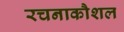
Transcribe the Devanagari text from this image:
रचनाकौशल